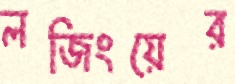
লজিংয়ের